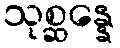
သုစ္ဆန္နေ